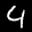
Label: 4